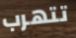
تتهرب